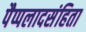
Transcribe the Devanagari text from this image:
पैप्पलादसंहिता